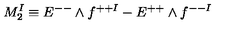
M _ { 2 } ^ { I } \equiv E ^ { -- } \wedge f ^ { + + I } - E ^ { + + } \wedge f ^ { -- I }